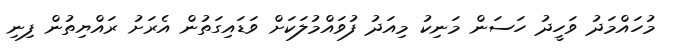
މުހައްމަދު ވަހީދު ހަސަން މަނިކު މިއަދު ފުވައްމުލަކަށް ވަޑައިގަތުން އެރަށު ރައްޔިތުން ފިނި